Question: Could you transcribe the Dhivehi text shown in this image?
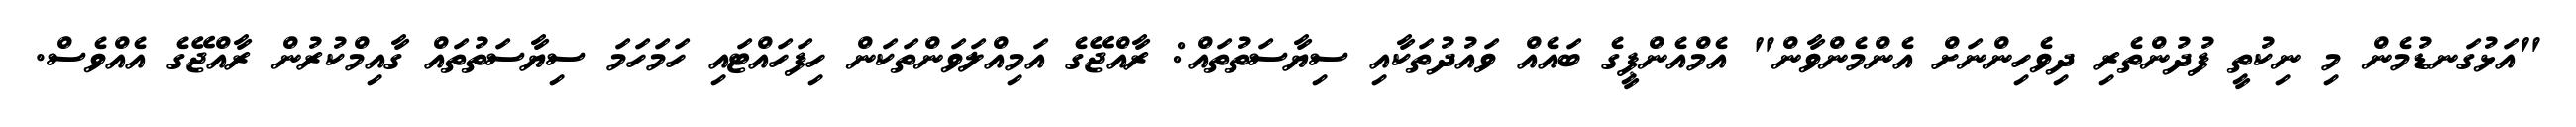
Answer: "އަޅުގަނޑުމެން މި ނިކުތީ ފުދުންތެރި ދިވެހިންނަށް އެންމެންވާން" އެމްއެންޕީގެ ބައެއް ވައުދުތަކާއި ސިޔާސަތުތައް: ރާއްޖޭގެ އަމިއްލަވަންތަކަން ހިފަހައްޓައި ހަމަހަމަ ސިޔާސަތުތައް ގާއިމްކުރުން ރާއްޖޭގެ އެއްވެސް.